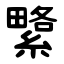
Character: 䌎